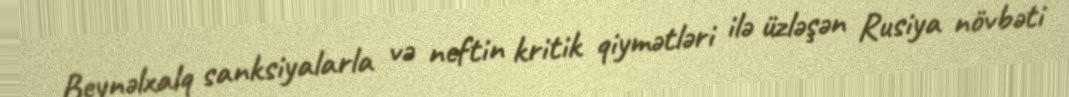
Beynəlxalq sanksiyalarla və neftin kritik qiymətləri ilə üzləşən Rusiya növbəti